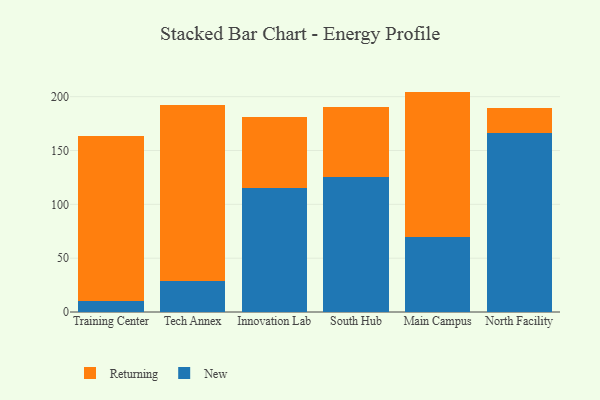
{"axis": {"x": "Campus", "y": "Budget (USD K)"}, "legend": ["New", "Returning"], "data": [{"x": "Training Center", "y": 10.2, "type": "New"}, {"x": "Training Center", "y": 152.9, "type": "Returning"}, {"x": "Tech Annex", "y": 28.9, "type": "New"}, {"x": "Tech Annex", "y": 163.1, "type": "Returning"}, {"x": "Innovation Lab", "y": 115.2, "type": "New"}, {"x": "Innovation Lab", "y": 65.7, "type": "Returning"}, {"x": "South Hub", "y": 125.5, "type": "New"}, {"x": "South Hub", "y": 64.5, "type": "Returning"}, {"x": "Main Campus", "y": 69.9, "type": "New"}, {"x": "Main Campus", "y": 134.8, "type": "Returning"}, {"x": "North Facility", "y": 166.1, "type": "New"}, {"x": "North Facility", "y": 23.1, "type": "Returning"}]}